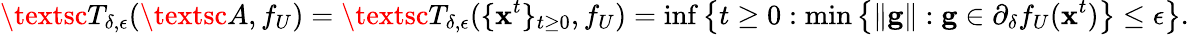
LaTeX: \textsc{T}_{\delta,\epsilon}(\textsc{A},f_{U})=\textsc{T}_{\delta,\epsilon}(\{ \mathbf x^{t}\} _{t\geq 0},f_{U})=\operatorname*{inf}\left\{ t\geq 0:\operatorname*{min}\left\{ \| \mathbf g\| :\mathbf g\in\partial_{\delta}f_{U}(\mathbf x^{t})\right\} \leq\epsilon\right\} .